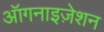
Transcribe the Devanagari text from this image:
ऑगनाइज़ेशन